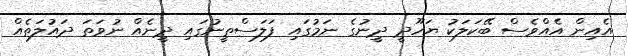
އެއިން އެއްވެސް ބޭކަލަކު ޔަހޫދީ ދީނުގެ ނަމުގައި ފަލަސްތީނުގައި ދީނެއް ނުވަތަ ދައުލަތެއް